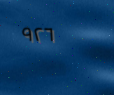
٩٢٦